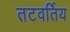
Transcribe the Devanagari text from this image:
तटवर्तिय